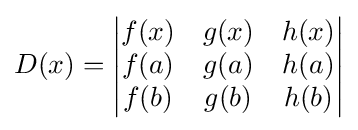
D(x)={\begin{vmatrix}f(x)&g(x)&h(x)\\f(a)&g(a)&h(a)\\f(b)&g(b)&h(b)\end{vmatrix}}